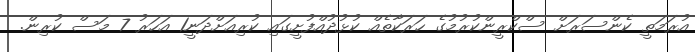
އުރަމަތީ ކެންސަރަށް ސްކްރީންކުރުމުގެ ހަރަކާތެއް ކުޅުދުއްފުށީގައި ކުރިއަށްދަނީ1 އަހަރު 7 މަސް ކުރިން.